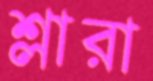
শ্লারা